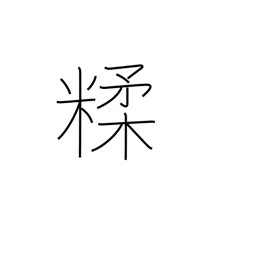
Meaning: mix